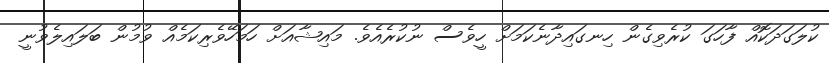
ކުލަގަދަކޮއް ފާހަގަ ކުރެވިގެން ހިނގައިދާނެކަމަށް ހީވެސް ނުކުރެއެވެ. މައިޝާއަށް ހަމަހޭވެރިކަމެއް ވުމުން ބަލައިލެވުނީ